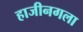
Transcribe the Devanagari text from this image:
हाजीनगला